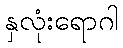
နှလုံးရောဂါ